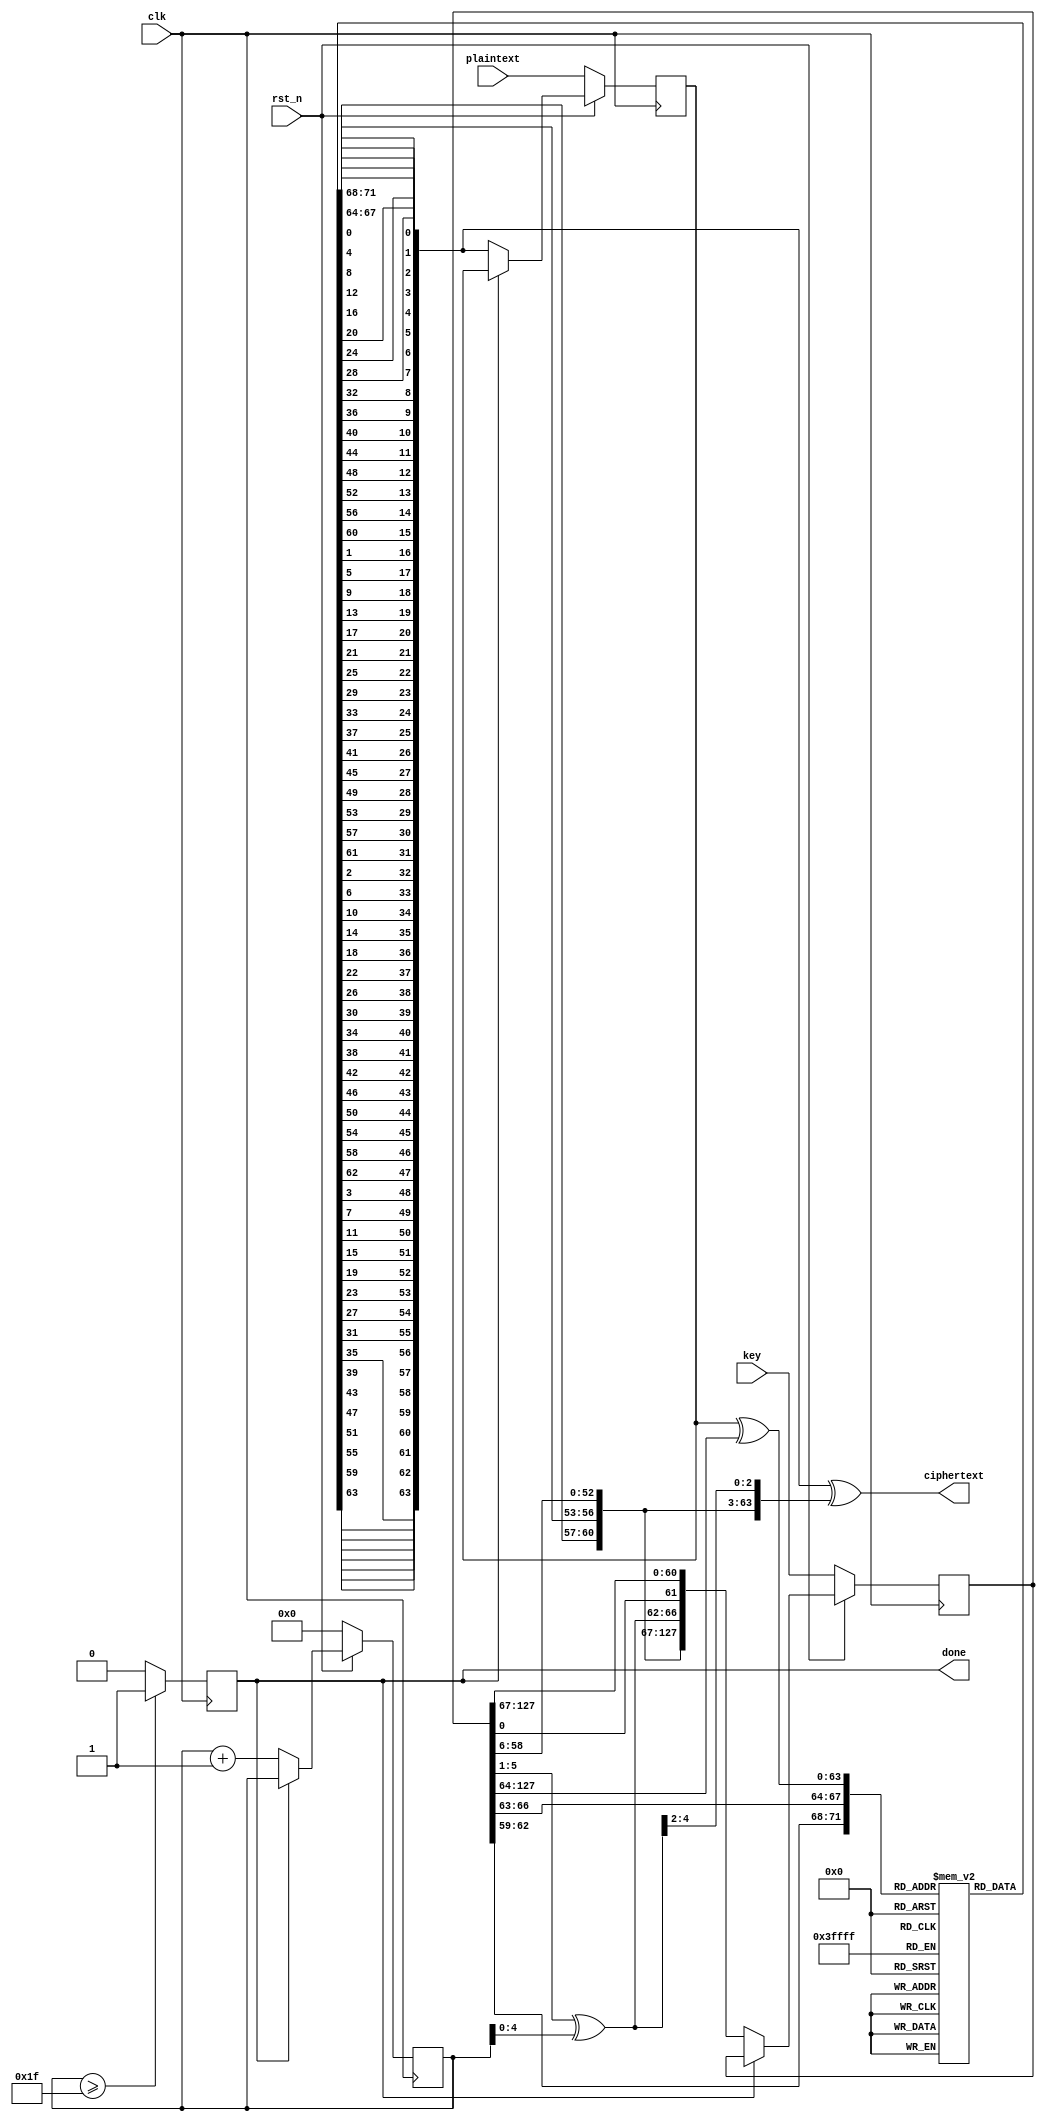


module present_encrypt (
    input wire clk,
    input wire rst_n,
    input wire [63:0] plaintext,
    input wire [127:0] key,
    output reg done,
    output wire [63:0] ciphertext
);

  reg [7:0] r0 = 8'h00;
  reg [63:0] state;
  wire [63:0] state_next;
  reg [127:0] key_state;
  wire [127:0] key_state_next;

  reg [3:0] sbox[0:15];  // s box for sBoxLayer

  initial begin
    sbox[0]  = 12;
    sbox[1]  = 5;
    sbox[2]  = 6;
    sbox[3]  = 11;
    sbox[4]  = 9;
    sbox[5]  = 0;
    sbox[6]  = 10;
    sbox[7]  = 13;
    sbox[8]  = 3;
    sbox[9]  = 14;
    sbox[10] = 15;
    sbox[11] = 8;
    sbox[12] = 4;
    sbox[13] = 7;
    sbox[14] = 1;
    sbox[15] = 2;
  end
  // round control signals
  always @(posedge clk) begin
    if (!rst_n) begin
      r0 <= 8'h00;
    end else if (!done) begin
      r0 <= r0 + 8'h01;
    end else begin
      r0 <= r0;
    end
  end

  always @(posedge clk) begin
    if (r0 >= 8'd31) begin
      done <= 1'b1;
    end else done <= 1'b0;
  end

  always @(posedge clk) begin
    if (!rst_n) begin
      state <= plaintext;
      key_state <= key;
    end else if (!done) begin
      state <= state_next;
      key_state <= key_state_next;
    end else begin
      state <= state;
      key_state <= key_state;
    end
  end

  wire [63:0] sbox_in;  // input of sBoxLayer
  assign sbox_in = state[63:0] ^ key_state[127:64];

  wire [63:0] sbox_out;  // output of sBoxLayer
  assign sbox_out = {
    sbox[sbox_in[63:60]],
    sbox[sbox_in[59:56]],
    sbox[sbox_in[55:52]],
    sbox[sbox_in[51:48]],
    sbox[sbox_in[47:44]],
    sbox[sbox_in[43:40]],
    sbox[sbox_in[39:36]],
    sbox[sbox_in[35:32]],
    sbox[sbox_in[31:28]],
    sbox[sbox_in[27:24]],
    sbox[sbox_in[23:20]],
    sbox[sbox_in[19:16]],
    sbox[sbox_in[15:12]],
    sbox[sbox_in[11:8]],
    sbox[sbox_in[7:4]],
    sbox[sbox_in[3:0]]
  };

  wire [63:0] pLayer_out;  // output of pLayer

  assign pLayer_out = {
    sbox_out[63-0],
    sbox_out[63-4],
    sbox_out[63-8],
    sbox_out[63-12],
    sbox_out[63-16],
    sbox_out[63-20],
    sbox_out[63-24],
    sbox_out[63-28],
    sbox_out[63-32],
    sbox_out[63-36],
    sbox_out[63-40],
    sbox_out[63-44],
    sbox_out[63-48],
    sbox_out[63-52],
    sbox_out[63-56],
    sbox_out[63-60],
    sbox_out[63-1],
    sbox_out[63-5],
    sbox_out[63-9],
    sbox_out[63-13],
    sbox_out[63-17],
    sbox_out[63-21],
    sbox_out[63-25],
    sbox_out[63-29],
    sbox_out[63-33],
    sbox_out[63-37],
    sbox_out[63-41],
    sbox_out[63-45],
    sbox_out[63-49],
    sbox_out[63-53],
    sbox_out[63-57],
    sbox_out[63-61],
    sbox_out[63-2],
    sbox_out[63-6],
    sbox_out[63-10],
    sbox_out[63-14],
    sbox_out[63-18],
    sbox_out[63-22],
    sbox_out[63-26],
    sbox_out[63-30],
    sbox_out[63-34],
    sbox_out[63-38],
    sbox_out[63-42],
    sbox_out[63-46],
    sbox_out[63-50],
    sbox_out[63-54],
    sbox_out[63-58],
    sbox_out[63-62],
    sbox_out[63-3],
    sbox_out[63-7],
    sbox_out[63-11],
    sbox_out[63-15],
    sbox_out[63-19],
    sbox_out[63-23],
    sbox_out[63-27],
    sbox_out[63-31],
    sbox_out[63-35],
    sbox_out[63-39],
    sbox_out[63-43],
    sbox_out[63-47],
    sbox_out[63-51],
    sbox_out[63-55],
    sbox_out[63-59],
    sbox_out[63-63]
  };

  assign state_next = pLayer_out;

  wire [127:0] key_shift = {key_state[66:0], key_state[127:67]};

  wire [  7:0] key_sbox = {sbox[key_shift[127:124]], sbox[key_shift[123:120]]};

  wire [  4:0] key_const = key_shift[66:62] ^ r0[4:0];

  assign key_state_next = {key_sbox, key_shift[119:67], key_const, key_shift[61:0]};

  assign ciphertext = state_next ^ key_state_next[127:64];


endmodule  //craft_encrypt